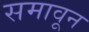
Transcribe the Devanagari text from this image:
समावून